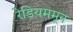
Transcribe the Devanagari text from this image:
रेडियममून